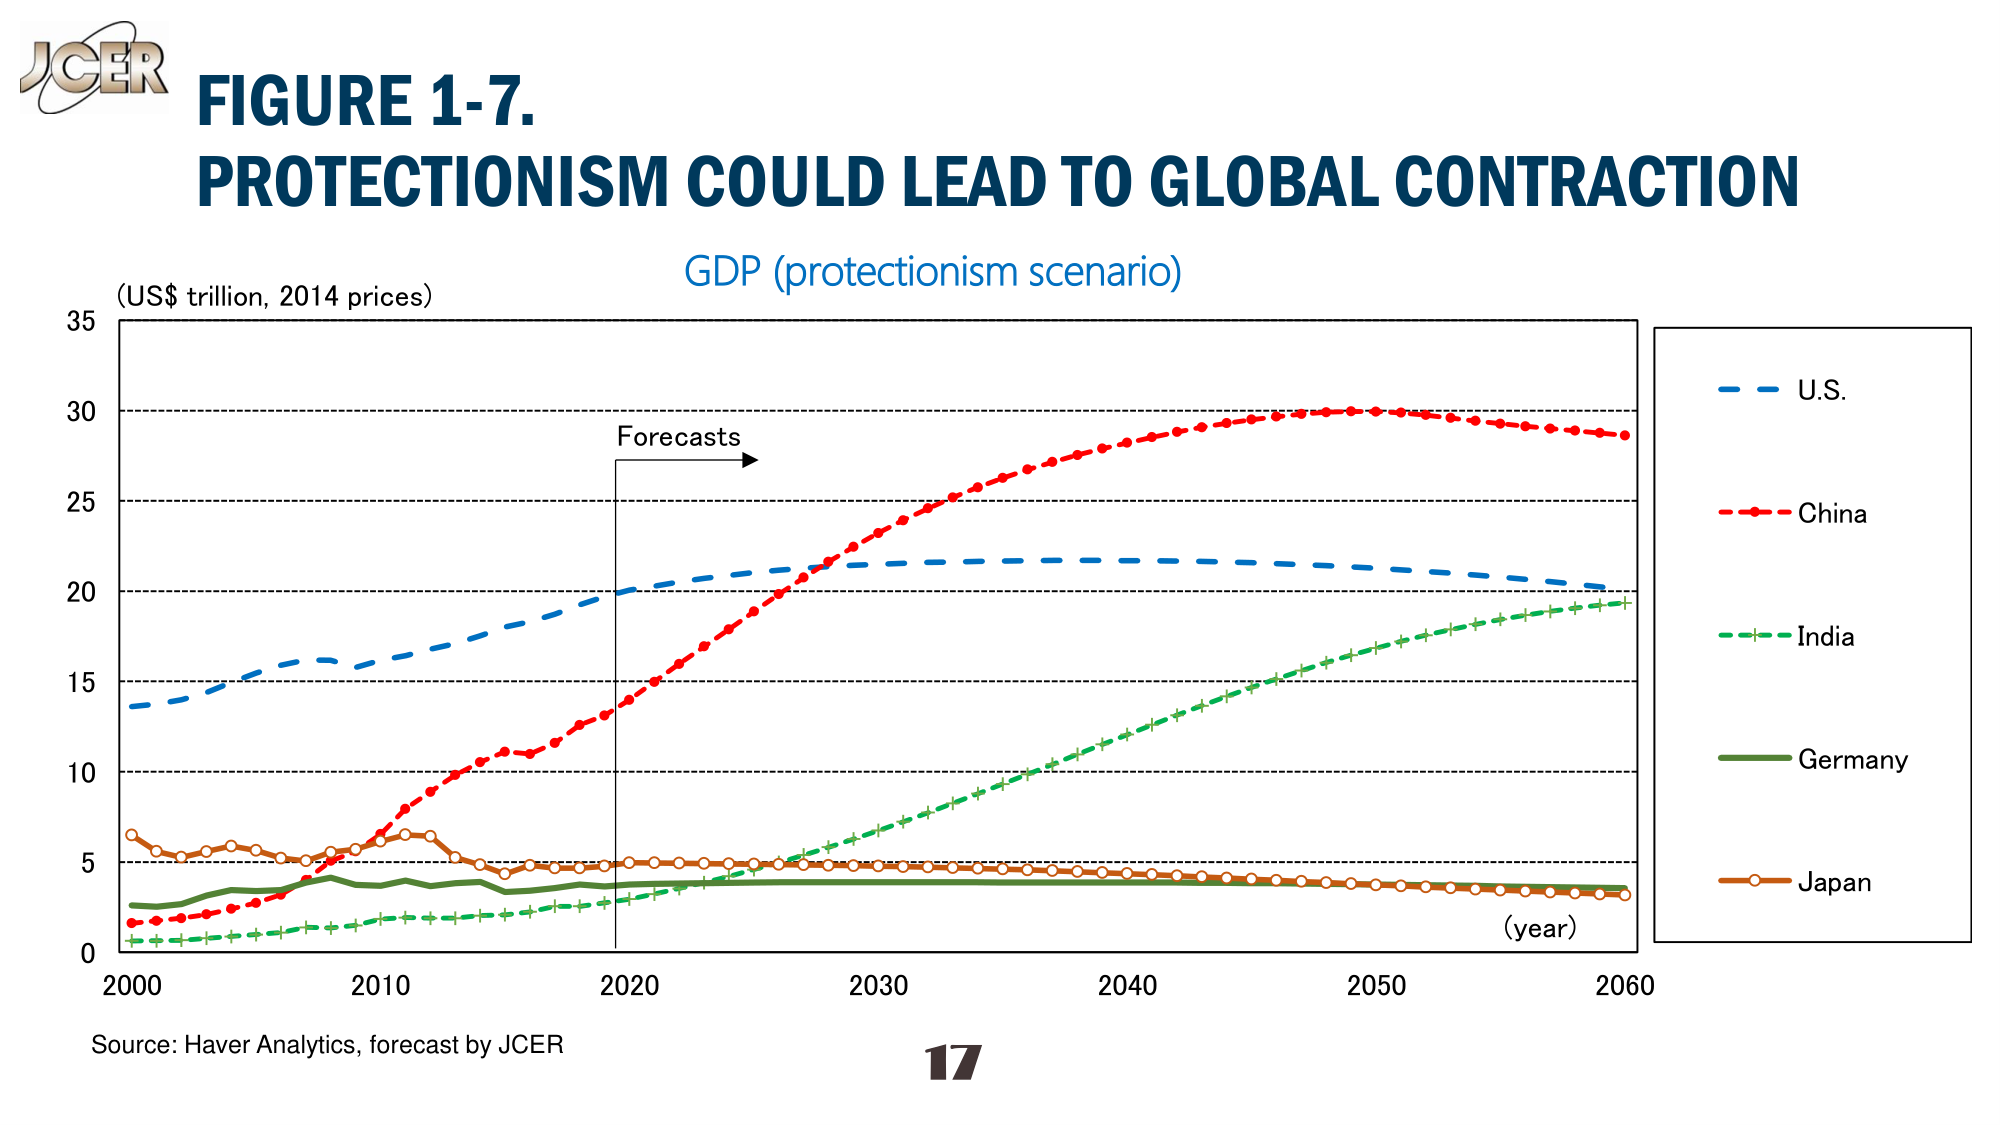
JGER
FIGURE 1-7.
PROTECTIONISM COULD LEAD TO GLOBAL CONTRACTION
GDP (protectionism scenario)
(US$ trillion, 2014 prices)
Forecasts
(year)
U.S.
China
India
Germany
Japan
Source: Haver Analytics, forecast by JCER
17